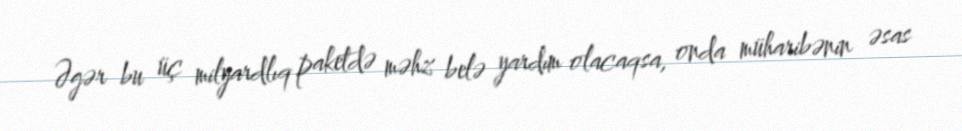
Əgər bu üç milyardlıq paketdə məhz belə yardım olacaqsa, onda müharibənin əsas